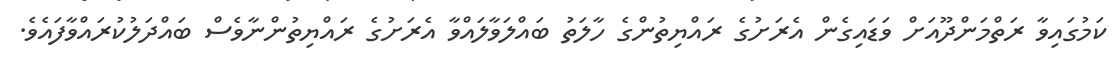
ކަމުގައިވާ ރަތްމަންދޫއަށް ވަޑައިގެން އެރަށުގެ ރައްޔިތުންގެ ހާލަތު ބައްލަވާލައްވާ އެރަށުގެ ރައްޔިތުންނާވެސް ބައްދަލުކުރައްވާފައެވެ.